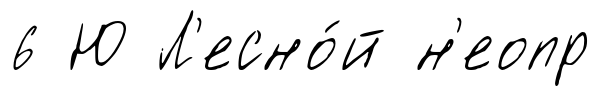
6 Ю Л'есно́й н'еопр